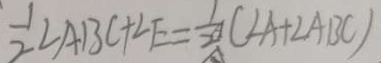
\frac { 1 } { 2 } \angle A B C + \angle E = \frac { 1 } { 2 } ( \angle A + \angle A B C )